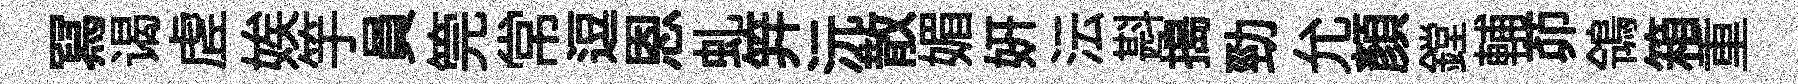
冩谒虗娭竽員筦常逗恩虬笄沅散媚妍沄斟搗勁允顔鏜輔茆鴒箱重